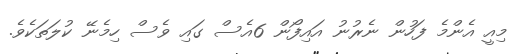
މިއީ އެންމެ ފަހުން ނެރުނު އައިފޯން 6އެސް ގައި ވެސް ހިމެނޭ ކުލަތަކެވެ.